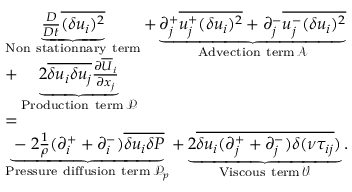
\begin{array} { r l r } & { \underbrace { \frac { D } { D t } \overline { { ( \delta u _ { i } ) ^ { 2 } } } } _ { \mathrm { N o n ~ s t a t i o n n a r y ~ t e r m } } + \underbrace { \partial _ { j } ^ { + } \overline { { u _ { j } ^ { + } ( \delta u _ { i } ) ^ { 2 } } } + \partial _ { j } ^ { - } \overline { { u _ { j } ^ { - } ( \delta u _ { i } ) ^ { 2 } } } } _ { \mathrm { A d v e c t i o n ~ t e r m } \, \mathcal { A } } } & \\ & { + \underbrace { 2 \overline { { \delta u _ { i } \delta u _ { j } } } \frac { \partial \overline { { U } } _ { i } } { \partial x _ { j } } } _ { \mathrm { P r o d u c t i o n ~ t e r m } \, \mathcal { P } } } & \\ & { = } & \\ & { \underbrace { - 2 \frac { 1 } { \rho } ( \partial _ { i } ^ { + } + \partial _ { i } ^ { - } ) \overline { { \delta u _ { i } \delta P } } } _ { \mathrm { P r e s s u r e ~ d i f f u s i o n ~ t e r m } \, { \mathcal P _ { p } } } + \underbrace { 2 \overline { { \delta u _ { i } ( \partial _ { j } ^ { + } + \partial _ { j } ^ { - } ) \delta ( \nu \tau _ { i j } } } ) } _ { \mathrm { V i s c o u s ~ t e r m } \, \mathcal { V } } . } & \end{array}